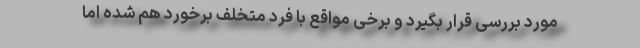
مورد بررسی قرار بگیرد و برخی مواقع با فرد متخلف برخورد هم شده اما